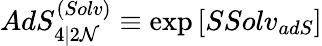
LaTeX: AdS_{4\vert 2{\cal N}}^{(Solv)}\equiv\exp\left[SSolv_{adS}\right]